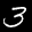
Label: 3